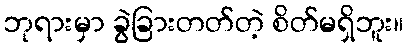
ဘုရားမှာ ခွဲခြားတတ်တဲ့ စိတ်မရှိဘူး။